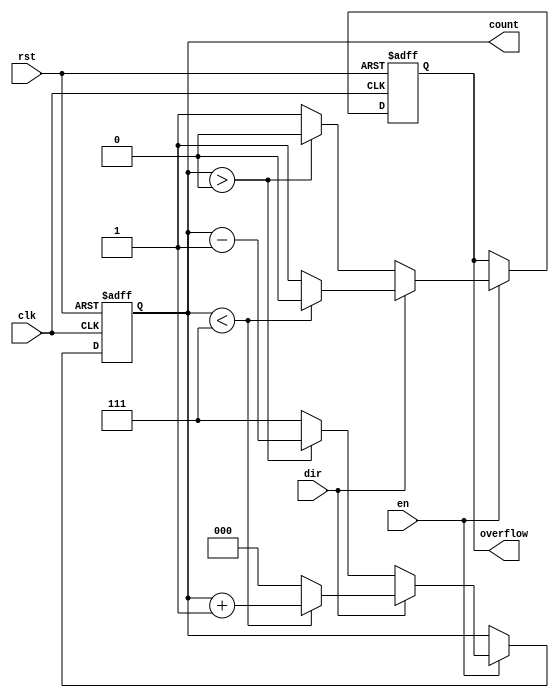
module modulus_counter #(
    parameter N = 8  // Default modulus value, can be parameterized
)(
    input wire clk,          // Clock signal
    input wire rst,          // Active-high reset
    input wire en,           // Active-high enable signal
    input wire dir,          // Direction control (1=up, 0=down)
    output reg [clog2(N)-1:0] count, // Current count value
    output reg overflow       // Overflow signal
);

   // Function to calculate the log base 2 of the parameter N
   function integer clog2;
       input integer value;
       begin
           value = value - 1;
           for (clog2=0; value > 0; clog2=clog2+1) 
               value = value >> 1;
       end
   endfunction

   // Main counter logic
   always @(posedge clk or posedge rst) begin
       if (rst) begin
           count <= 0;          // Reset the counter to 0
           overflow <= 0;       // Clear overflow flag
       end else if (en) begin
           if (dir) begin  // Counting up
               if (count < N - 1) begin
                   count <= count + 1;
                   overflow <= 0; // No overflow
               end else begin
                   count <= 0;    // Reset to 0
                   overflow <= 1; // Set overflow flag
               end
           end else begin  // Counting down
               if (count > 0) begin
                   count <= count - 1;
                   overflow <= 0; // No overflow
               end else begin
                   count <= N - 1; // Wrap around to N-1
                   overflow <= 1; // Set overflow flag
               end
           end
       end
   end

endmodule